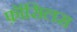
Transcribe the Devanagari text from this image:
फ़ॉसिलस